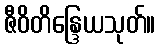
ဇီဝိတိန္ဒြေယသုတ်။